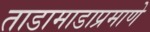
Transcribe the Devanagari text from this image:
ताडामाडाप्रमाणे